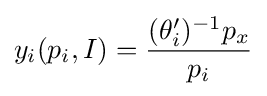
y_{i}(p_{i},I)={\frac {(\theta _{i}^{\prime })^{-1}p_{x}}{p_{i}}}